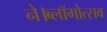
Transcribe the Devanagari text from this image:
ने।ब्लॉगोत्सव